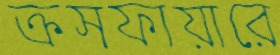
ক্রসফায়ারে